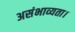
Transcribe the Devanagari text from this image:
असंभाव्यता।